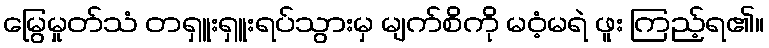
မြွေမှုတ်သံ တရှူးရှူးရပ်သွားမှ မျက်စိကို မဝံ့မရဲ ဖူး ကြည့်ရ၏။